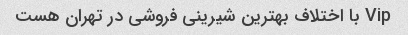
Vip با اختلاف بهترین شیرینی فروشی در تهران هست